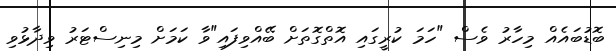
ބޮޑުބައެއް މިހާރު ވެސް "ހަމަ ކުރީގައި އޮތްގޮތަށް ބޭއްވިފައި"ވާ ކަމަށް މިނިސްޓަރު ވިދާޅުވި